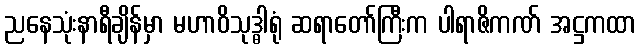
ညနေသုံးနာရီချိန်မှာ မဟာဝိသုဒ္ဓါရုံ ဆရာတော်ကြီးက ပါရာဇိကဏ် အဋ္ဌကထာ